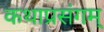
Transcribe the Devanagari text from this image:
कथाप्रसंगम्